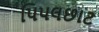
પિપલછાટ